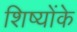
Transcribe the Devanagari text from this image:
शिष्योंके